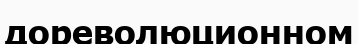
дореволюционном